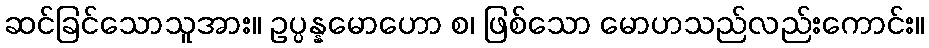
ဆင်ခြင်သောသူအား။ ဥပ္ပန္နမောဟော စ၊ ဖြစ်သော မောဟသည်လည်းကောင်း။